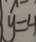
y = 4